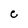
Character: C